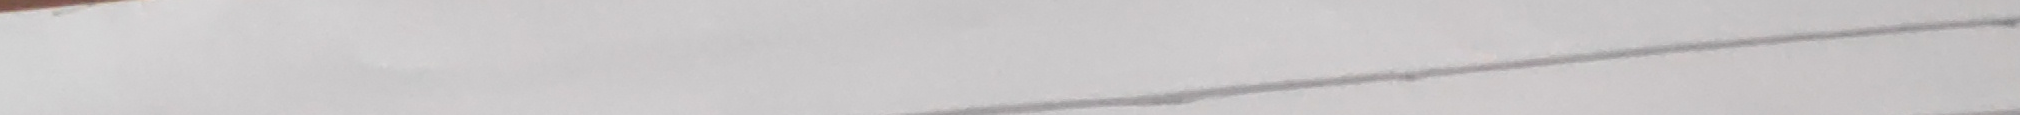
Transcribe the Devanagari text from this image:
रा